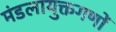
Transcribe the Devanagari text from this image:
मंडलायुक्तगणों